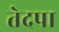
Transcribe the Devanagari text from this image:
तेदपा